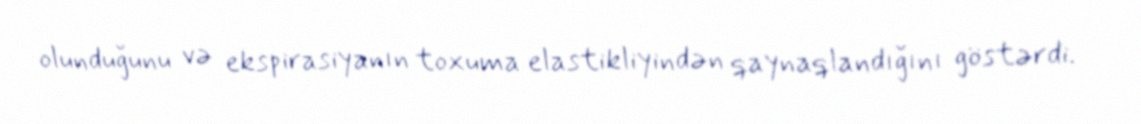
olunduğunu və ekspirasiyanın toxuma elastikliyindən qaynaqlandığını göstərdi.